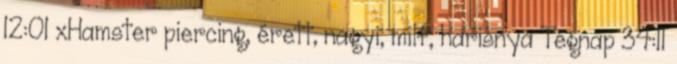
12:01 xHamster piercing, érett, nagyi, milf, harisnya Tegnap 34:11